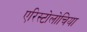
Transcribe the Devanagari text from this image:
एरिस्टोलोचिया